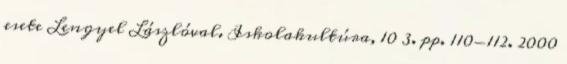
esete Lengyel Lászlóval. Iskolakultúra, 10 3. pp. 110-112. 2000